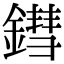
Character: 鏏